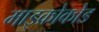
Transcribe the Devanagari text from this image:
माइक्रोकोड